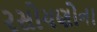
રસોયણોના